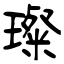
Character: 璨